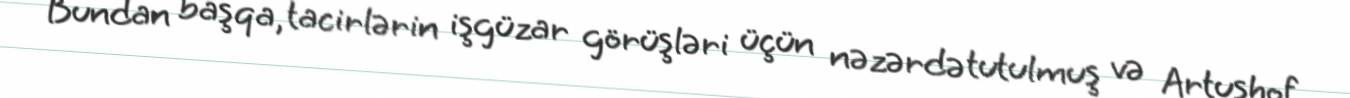
Bundan başqa, tacirlərin işgüzar görüşləri üçün nəzərdə tutulmuş və Artushof